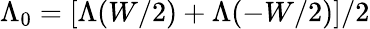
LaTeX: \Lambda_{0}=[\Lambda(W/2)+\Lambda(-W/2)]/2